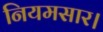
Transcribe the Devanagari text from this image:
नियमसार।